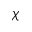
\chi